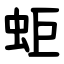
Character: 蚷